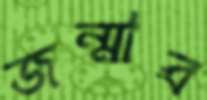
জন্মাব